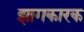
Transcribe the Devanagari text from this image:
झागकारक